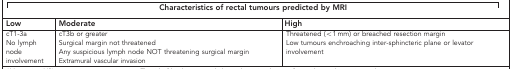
| <COLSPAN=3> Characteristics of rectal tumours predicted by MRI |
 | Low | Moderate | High |
 | --- | --- | --- |
 | cT1-3aNo lymph node involvement | cT3b or greaterSurgical margin not threatenedAny suspicious lymph node NOT threatening surgical marginExtramural vascular invasion | Threatened (<1 mm) or breached resection marginLow tumours enchroaching inter-sphincteric plane or levator involvement |